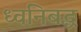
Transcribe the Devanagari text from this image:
ध्वनिबद्ध